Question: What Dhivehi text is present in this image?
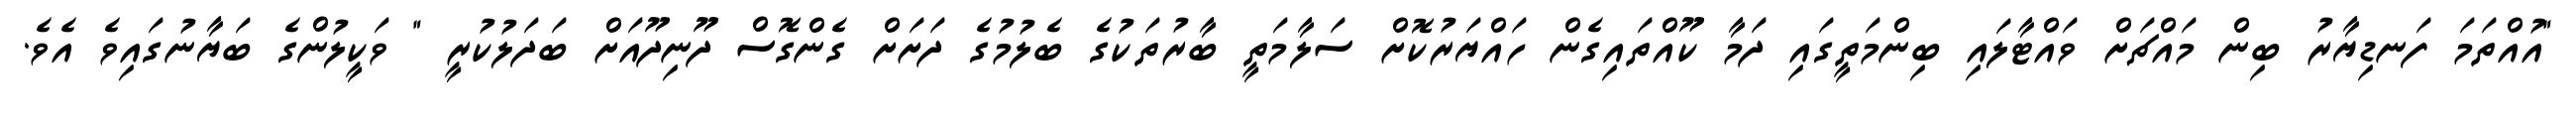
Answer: "އުއްތަމަ ފަނޑިޔާރު ބިން މައްޗަށް ވައްޓާލައި ބިންމަތީގައި ދަމާ ކޫއްތައިގެން ހައްޔަރުކޮށް ސަލާމަތީ ބާރުތަކުގެ ބެލުމުގެ ދަށަށް ގެންގޮސް ދޫނިދޫއަށް ބަދަލުކުރީ " ވަކީލުންގެ ބަޔާނުގައިވެ އެވެ.